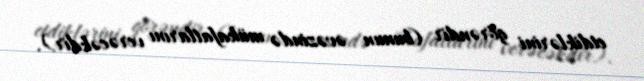
etdiklərini görəndir (bunun əvəzində mükafatlarını verəcəkdir).